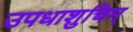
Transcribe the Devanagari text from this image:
उपधाशुचिम्